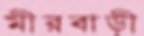
মীরবাড়ী